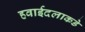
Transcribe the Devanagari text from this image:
हवाईदलाकडे